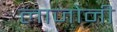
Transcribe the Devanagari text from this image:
लाजोनी